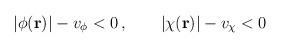
LaTeX: \begin{align*}|\phi({\bf r})|-v_\phi<0\,,\qquad |\chi({\bf r})|-v_\chi<0\end{align*}